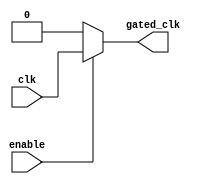
module clock_gating_cell (
    input wire clk,          // Primary clock signal
    input wire enable,       // Enable signal
    output reg gated_clk     // Gated clock output
);
    always @(*) begin
        if (enable) begin
            gated_clk = clk; // Follow the primary clock when enabled
        end else begin
            gated_clk = 1'b0; // Hold low when not enabled
        end
    end
endmodule